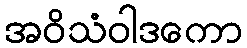
အဝိသံဝါဒကော